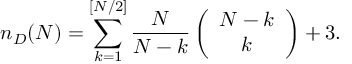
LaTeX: n _ { D } ( N ) = \sum _ { k = 1 } ^ { [ N / 2 ] } \frac { N } { N - k } \left( \begin{array} { c } { { N - k } } \\ { { k } } \end{array} \right) + 3 .